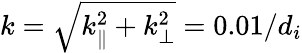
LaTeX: k=\sqrt{k_{\parallel}^{2}+k_{\perp}^{2}}=0.01/d_{i}